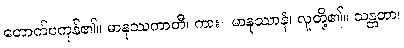
တောက်ပကုန်၏။ မာနုဿကာတီ၊ ကား။ မာနုဿာနံ၊ လူတို့၏။ သန္တတာ၊